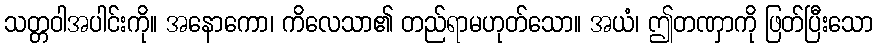
သတ္တဝါအပါင်းကို။ အနောကော၊ ကိလေသာ၏ တည်ရာမဟုတ်သော။ အယံ၊ ဤတဏှာကို ဖြတ်ပြီးသော